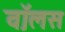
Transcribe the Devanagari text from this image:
व़ाॅलस